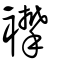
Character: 襻